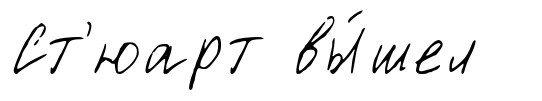
Ст'юарт вы́шел